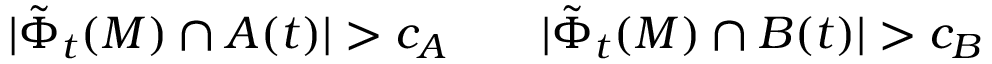
| \tilde { \Phi } _ { t } ( M ) \cap A ( t ) | > c _ { A } \qquad | \tilde { \Phi } _ { t } ( M ) \cap B ( t ) | > c _ { B }